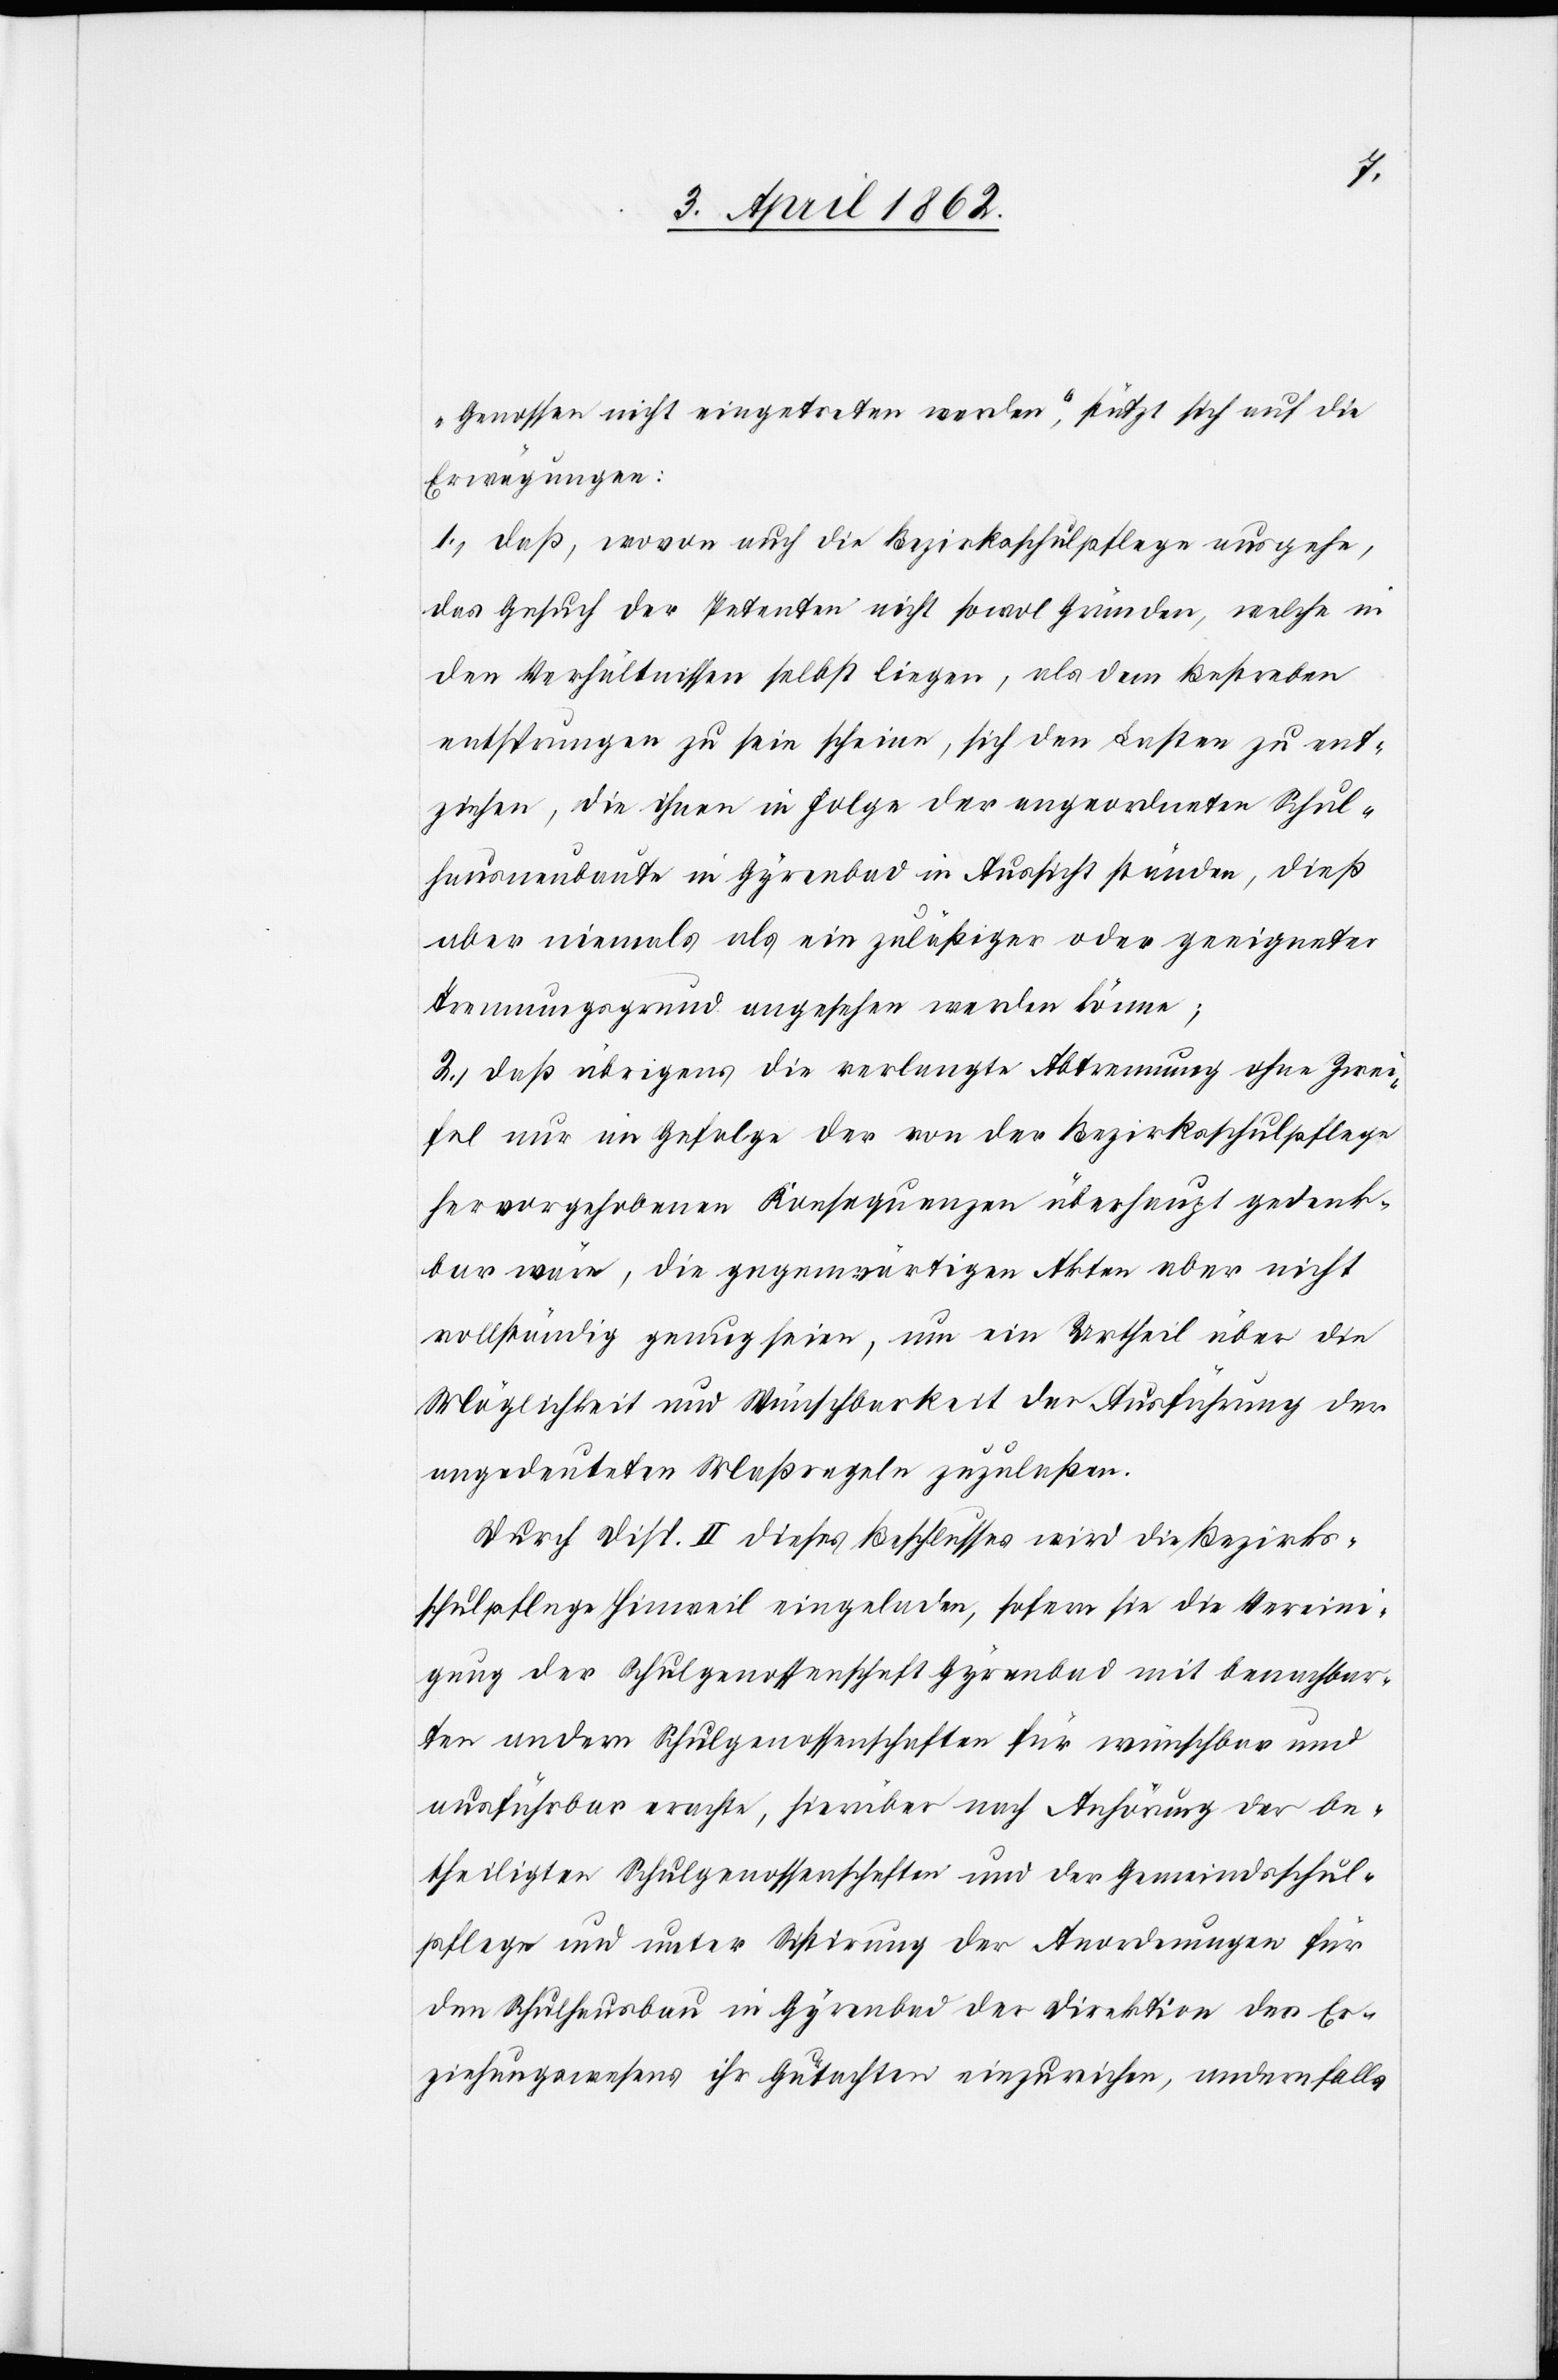
Genossen nicht eingetreten werden“, stützt sich auf die
Erwägungen:
1) daß, wovon auch die Bezirksschulpflege ausgehe,
das Gesuch der Petenten nicht sowohl Gründen, welche in
den Verhältnissen selbst liegen, als dem Bestreben
entsprungen zu sein scheine, sich den Lasten zu ent¬
ziehen, die ihnen in Folge der angeordneten Schul¬
hausumbaute in Gyrenbad in Aussicht stünden, dieß
aber niemals als ein zuläßiger oder geeigneter
Trennungsgrund angesehen werden könne;
2) daß übrigens die verlangte Abtrennung ohne Zwei¬
fel nur ein Gefolge der von der Bezirksschulpflege
hervorgehobenen Konsequenzen überhaupt gedenk¬
bar wäre, die gegenwärtigen Akten aber nicht
vollständig genug seien, um ein Urtheil über die
Möglichkeit und Wünschbarkeit der Ausführung der
angedeuteten Maßregeln zuzulassen.
Durch Disp. II dieses Beschlusses wird die Bezirks¬
schulpflege Hinweil eingeladen, sofern sie die Vereini¬
gung der Schulgenossenschaften für wünschbar und
ausführbar erachte, hierüber nach Anhörung der be¬
theiligten Schulgenossenschaften und der Gemeindsschul¬
pflege und unter Sistirung der Anordnungen für
den Schulhausbau in Gyrenbad der Direktion des Er¬
ziehungswesens ihr Gutachten einzureichen, andernfalls